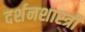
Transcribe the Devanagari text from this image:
दर्शनशास्‍त्री